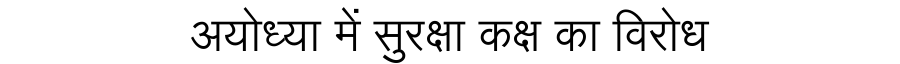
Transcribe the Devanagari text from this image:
अयोध्या में सुरक्षा कक्ष का विरोध